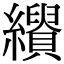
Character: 𦇣